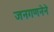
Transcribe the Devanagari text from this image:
जनगणनेने